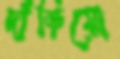
দাঁড়িয়ো